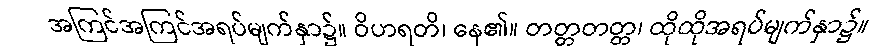
အကြင်အကြင်အရပ်မျက်နှာ၌။ ဝိဟရတိ၊ နေ၏။ တတ္တတတ္တ၊ ထိုထိုအရပ်မျက်နှာ၌။